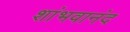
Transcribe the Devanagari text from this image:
शांभवानंद